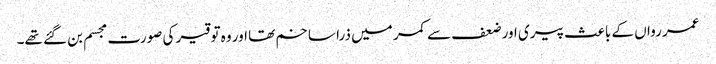
عمر رواں کے باعث پیری اور ضعف سے کمر میں ذرا سا خم تھا اور وہ توقیر کی صورت مجسم بن گئے تھے۔